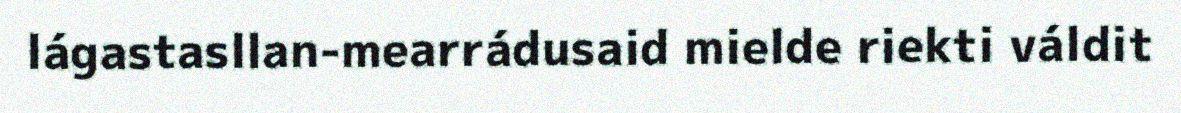
lágastasllan-mearrádusaid mielde riekti váldit